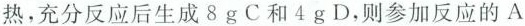
热，充分反应后生成8gC和4gD，则参加反应的A